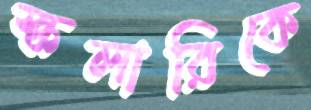
স্কলারিকে